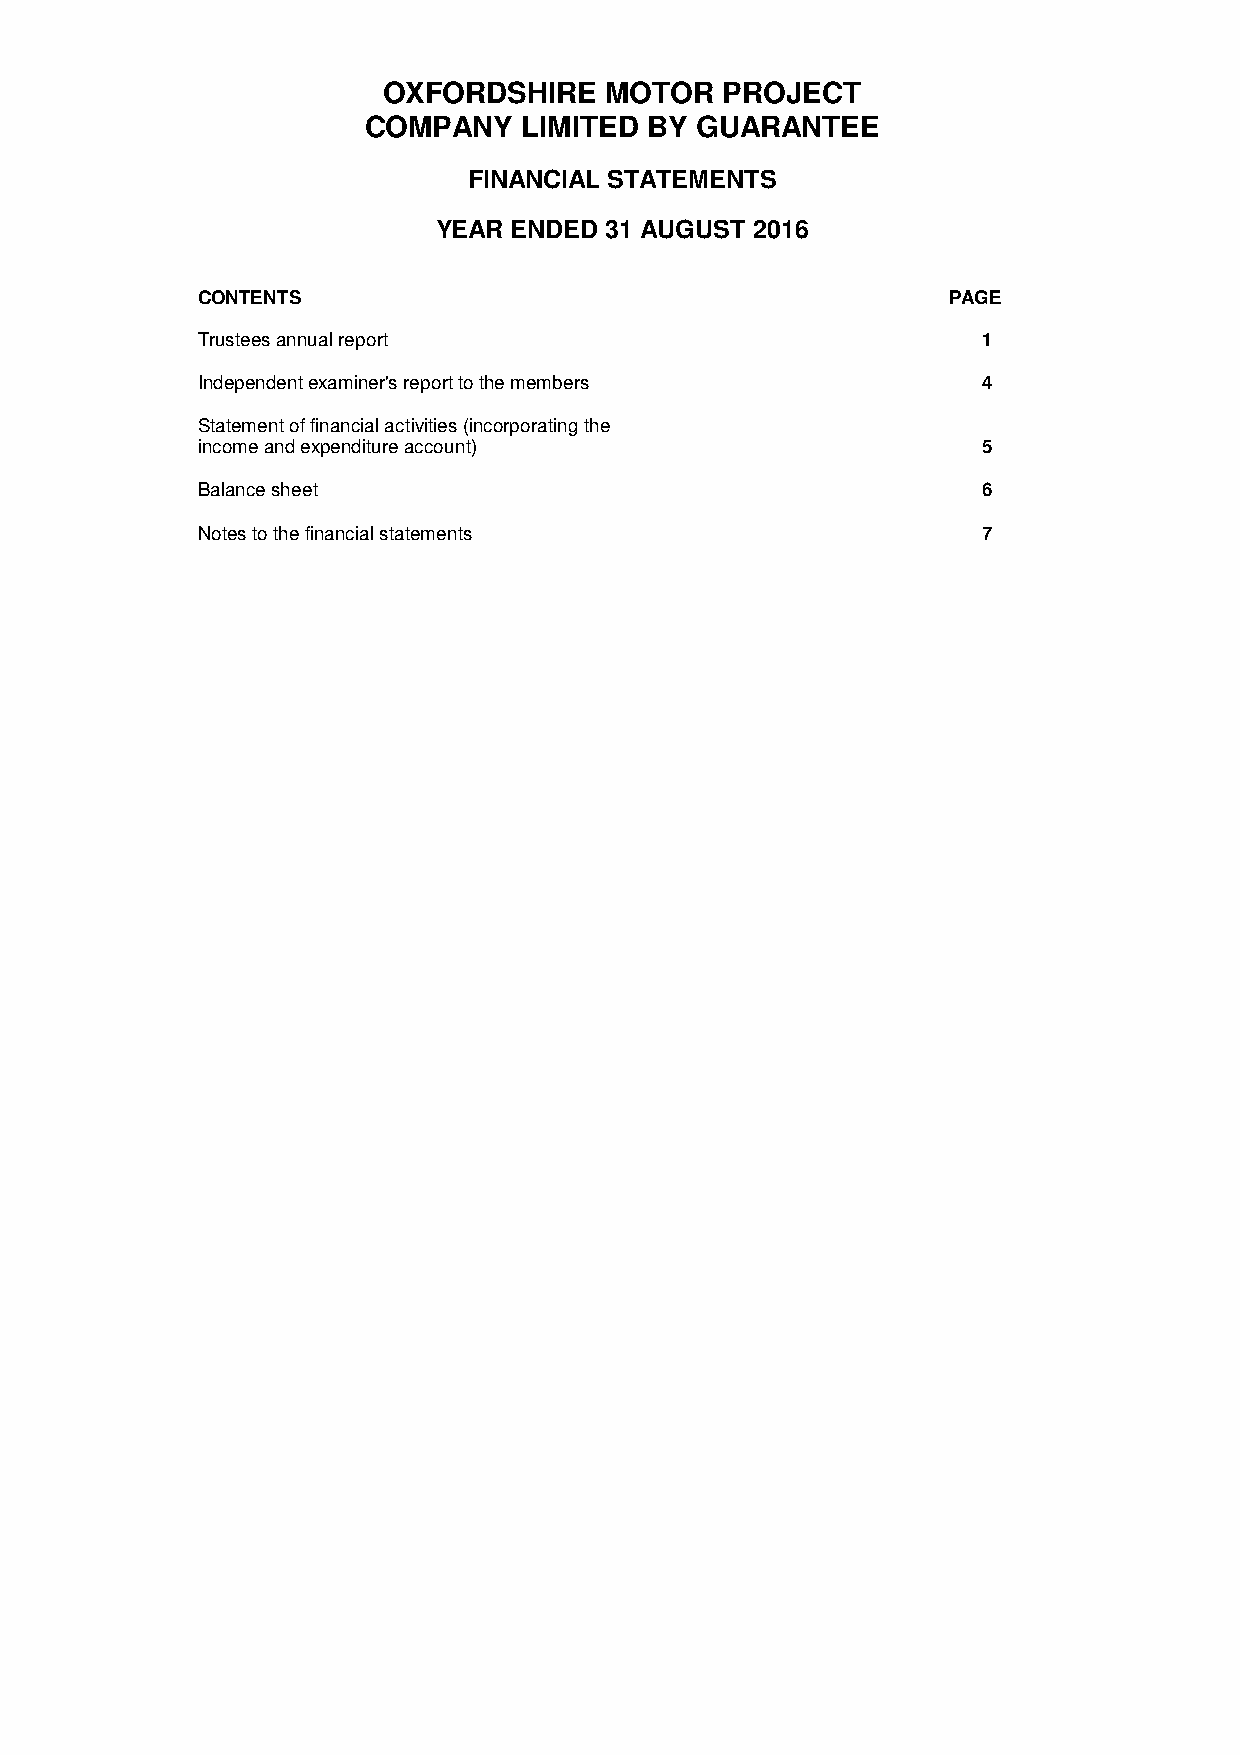
OXFORDSHIRE    MOTOR   PROJECT
 COMPANY    LIMITED BY GUARANTEE
 FINANCIAL STATEMENTS
 YEAR ENDED 31 AUGUST 2016
 CONTENTS                                          PAGE
 Trustees annual report                              1
 Independent examiner's report to the members        4
 Statement of financial activities (incorporating the
 income and expenditure account)                     5
 Balance sheet                                       6
 Notes to the financial statements                   7